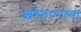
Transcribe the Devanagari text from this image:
आहेत।याच्या